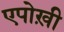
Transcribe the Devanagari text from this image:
एपोख़ी